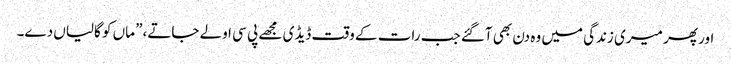
اور پھر میری زندگی میں وہ دن بھی آگئے جب رات کے وقت ڈیڈی مجھے پی سی اولے جاتے،” ماں کو گالیاں دے۔